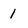
Character: 1